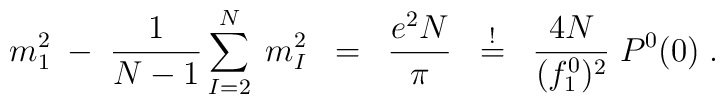
m_1^2 \; - \;\frac{1}{N-1} \sum_{I=2}^N \;m^2_I \; \; = \; \; \frac{e^2 N}{\pi} \; \;\stackrel{!}{=} \; \;\frac{4N}{(f^0_1)^2} \; P^0(0) \; .